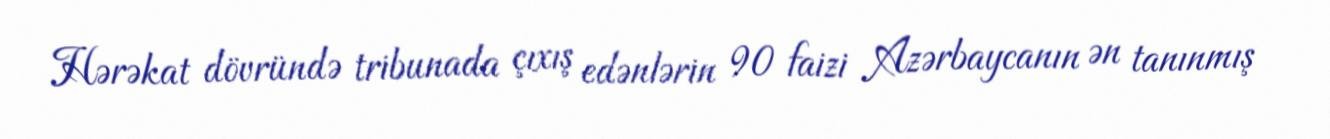
Hərəkat dövründə tribunada çıxış edənlərin 90 faizi Azərbaycanın ən tanınmış